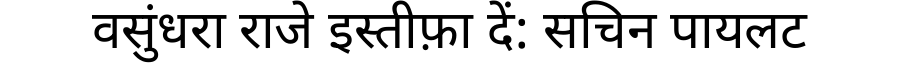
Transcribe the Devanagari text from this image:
वसुंधरा राजे इस्तीफ़ा दें: सचिन पायलट